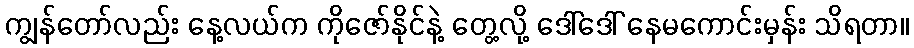
ကျွန်တော်လည်း နေ့လယ်က ကိုဇော်နိုင်နဲ့ တွေ့လို့ ဒေါ်ဒေါ် နေမကောင်းမှန်း သိရတာ။